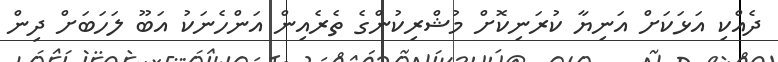
ދެއްކި އަޅަކަށް އަނިޔާ ކުރަނިކޮށް މުޝްރިކުންގެ ތެރެއިން އަންހެނަކު އަބޫ ލަހަބަށް ދިން